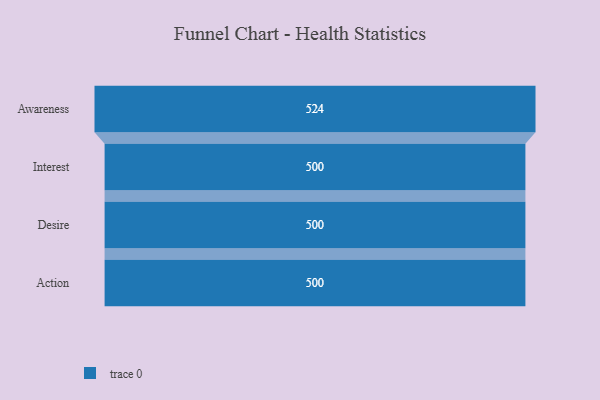
{"axis": {"x": "Stage", "y": "Value"}, "legend": [""], "data": [{"x": "Awareness", "y": 524.0, "type": ""}, {"x": "Interest", "y": 500, "type": ""}, {"x": "Desire", "y": 500, "type": ""}, {"x": "Action", "y": 500, "type": ""}]}